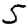
Digit: 5